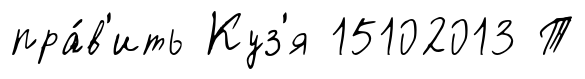
пра́в'ить Куз'я 15102013 Т